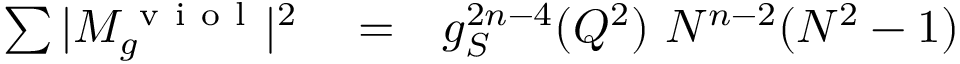
\begin{array} { r l r } { \sum \vert M _ { g } ^ { \mathrm { ~ v ~ i ~ o ~ l ~ } } \vert ^ { 2 } } & { { } = } & { g _ { S } ^ { 2 n - 4 } ( Q ^ { 2 } ) ~ N ^ { n - 2 } ( N ^ { 2 } - 1 ) } \end{array}